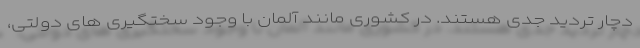
دچار تردید جدی هستند. در کشوری مانند آلمان با وجود سختگیری های دولتی،